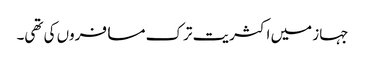
جہاز میں اکثریت ترک مسافروں کی تھی۔